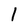
Character: I